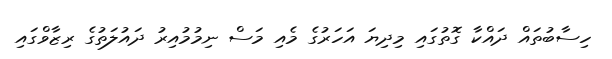
ހިސާބުތައް ދައްކާ ގޮތުގައި މިދިޔަ އަހަރުގެ މެއި މަސް ނިމުމުއިރު ދައުލަތުގެ ރިޒާވްގައި